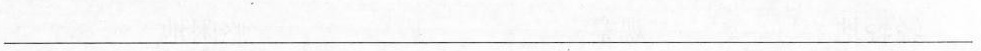
___